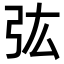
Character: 㢬